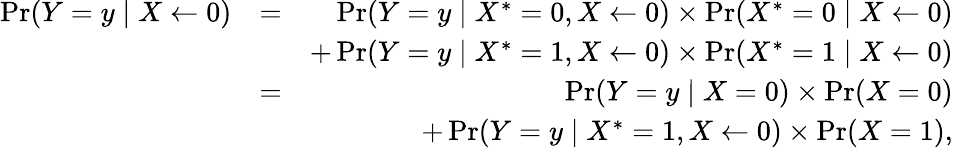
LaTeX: \begin{array}{rlr}{\operatorname*{Pr}(Y=y\mid X\leftarrow 0)}&{=}&{\operatorname*{Pr}(Y=y\mid X^{*}=0,X\leftarrow 0)\times\operatorname*{Pr}(X^{*}=0\mid X\leftarrow 0)}\\ &{}&{+\operatorname*{Pr}(Y=y\mid X^{*}=1,X\leftarrow 0)\times\operatorname*{Pr}(X^{*}=1\mid X\leftarrow 0)}\\ &{=}&{\operatorname*{Pr}(Y=y\mid X=0)\times\operatorname*{Pr}(X=0)}\\ &{}&{+\operatorname*{Pr}(Y=y\mid X^{*}=1,X\leftarrow 0)\times\operatorname*{Pr}(X=1),}\end{array}